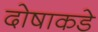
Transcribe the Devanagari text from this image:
दोषाकडे